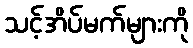
သင့်အိပ်မက်များကို